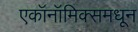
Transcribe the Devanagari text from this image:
एकॉनॉमिक्समधून